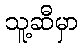
သူ့ဆီမှာ